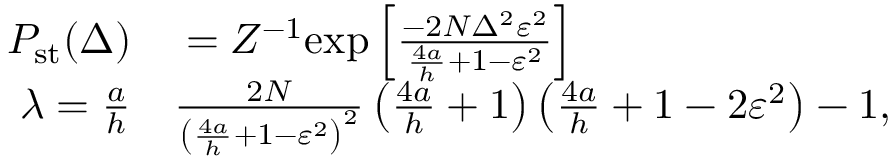
\begin{array} { r l } { P _ { \mathrm { s t } } ( \Delta ) } & { { } = Z ^ { - 1 } \mathrm { e x p } \left[ \frac { - 2 N \Delta ^ { 2 } \varepsilon ^ { 2 } } { \frac { 4 a } { h } + 1 - \varepsilon ^ { 2 } } \right] } \\ { \lambda = \frac { a } { h } } & { { } \frac { 2 N } { \left( \frac { 4 a } { h } + 1 - \varepsilon ^ { 2 } \right) ^ { 2 } } \left( \frac { 4 a } { h } + 1 \right) \left( \frac { 4 a } { h } + 1 - 2 \varepsilon ^ { 2 } \right) - 1 , } \end{array}